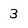
Character: 3